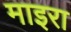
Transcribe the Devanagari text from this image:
माइरा